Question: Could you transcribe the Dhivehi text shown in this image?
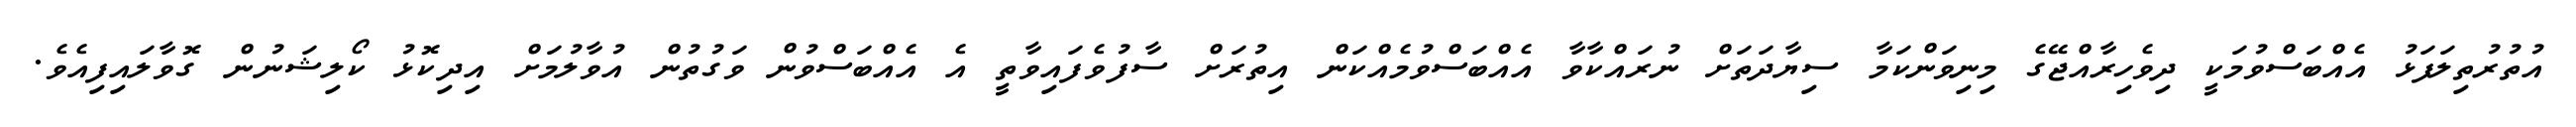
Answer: އުތުރުތިލަފަޅު އެއްބަސްވުމަކީ ދިވެހިރާއްޖޭގެ މިނިވަންކަމާ ސިޔާދަތަށް ނުރައްކާވާ އެއްބަސްވުމެއްކަން އިތުރަށް ސާފުވެފައިވާތީ އެ އެއްބަސްވުން ވަގުތުން އުވާލުމަށް އިދިކޮޅު ކޯލިޝަނުން ގޮވާލައިފިއެވެ.